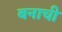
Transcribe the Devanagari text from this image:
बनाची